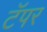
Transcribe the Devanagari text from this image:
टॅपर